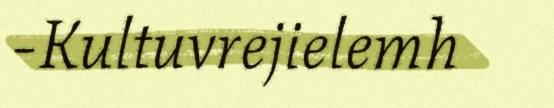
-Kultuvrejielemh